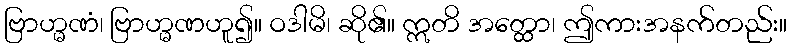
ဗြာဟ္မဏံ၊ ဗြာဟ္မဏဟူ၍။ ဝဒါမိ၊ ဆို၏။ ဣတိ အတ္ထော၊ ဤကားအနက်တည်း။